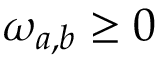
\omega _ { a , b } \geq 0